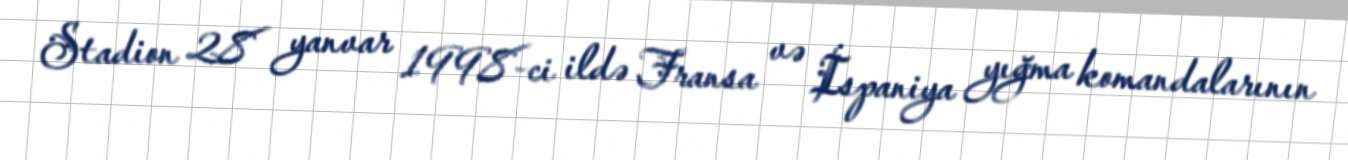
Stadion 28 yanvar 1998-ci ildə Fransa və İspaniya yığma komandalarının